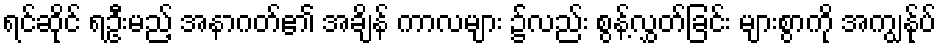
ရင်ဆိုင် ရဦးမည့် အနာဂတ်၏ အချိန် ကာလများ ၌လည်း စွန့်လွှတ်ခြင်း များစွာကို အကျွန်ုပ်